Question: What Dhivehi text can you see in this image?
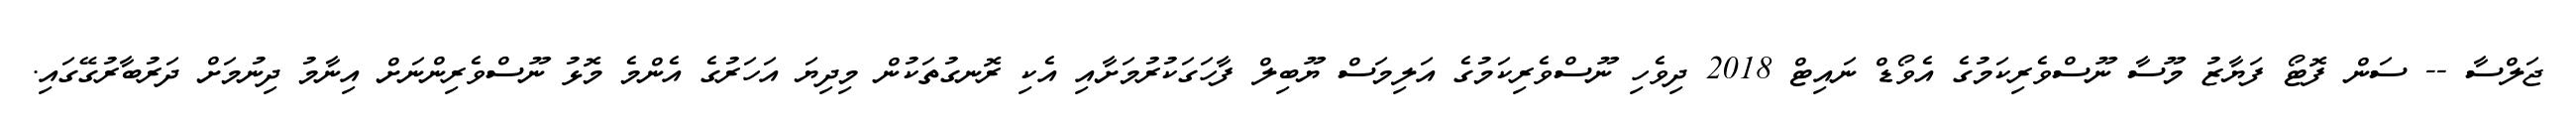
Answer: ޖަލްސާ -- ސަން ފޮޓޯ ފަޔާޒު މޫސާ ނޫސްވެރިކަމުގެ އެވޯޑް ނައިޓް 2018 ދިވެހި ނޫސްވެރިކަމުގެ އަލިމަސް ޔޫބިލް ފާހަގަކުރުމަށާއި އެކި ރޮނގުތަކުން މިދިޔަ އަހަރުގެ އެންމެ މޮޅު ނޫސްވެރިންނަށް އިނާމު ދިނުމަށް ދަރުބާރުގޭގައި.